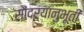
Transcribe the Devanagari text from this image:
सौंदर्यानुभूती